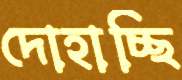
দোহাচ্ছি